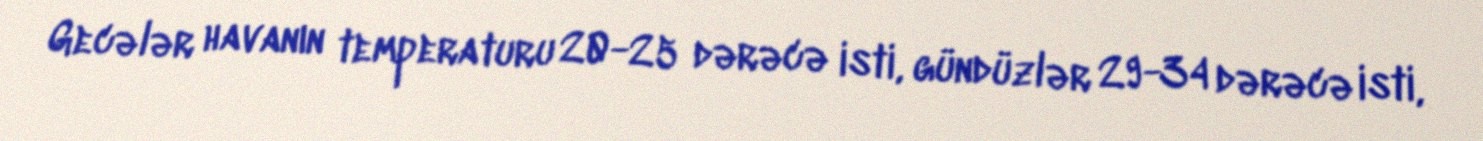
Gecələr havanın temperaturu 20-25 dərəcə isti, gündüzlər 29-34 dərəcə isti,